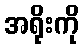
အရိုးကို